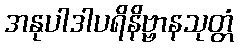
အနုပါဒါပရိနိဗ္ဗာနသုတ္တံ